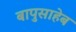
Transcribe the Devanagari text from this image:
बापुसाहेब